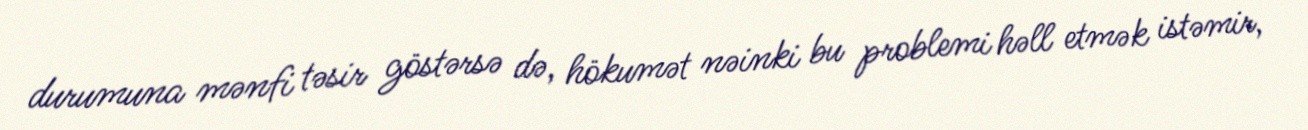
durumuna mənfi təsir göstərsə də, hökumət nəinki bu problemi həll etmək istəmir,